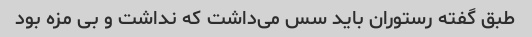
طبق گفته رستوران باید سس می‌داشت که نداشت و بی مزه بود